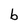
Character: b